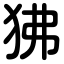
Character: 狒